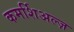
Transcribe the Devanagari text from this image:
कमर्शिअल्ज़